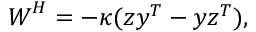
\boldsymbol { W } ^ { H } = - \kappa ( \boldsymbol { z } \boldsymbol { y } ^ { T } - \boldsymbol { y } \boldsymbol { z } ^ { T } ) ,